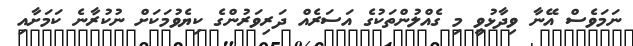
ނަމަވެސް އޭނާ ވިދާޅުވީ މި ގެއްލުންތަކުގެ އަސަރެއް ދަރިވަރުންގެ ކިޔެވުމަކަށް ނުކުރާނެ ކަމަށާއި